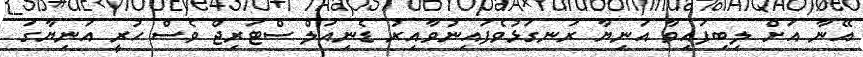
އޭނާ އަށް ލިބިފައިވާ އަނިޔާ ރަނގަޅުވެފައިނުވާއިރު ޑެނިއަލް ސްޓަރިޖް ވެސް ހުރީ އަނިޔާގަ